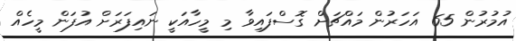
އުމުރުން 65 އަހަރުން މައްޗަށް ގޮސްފައިވާ މި މީހާއަކީ ނައިފަރަށް އުފަން މީހެއް